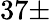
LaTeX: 37\pm